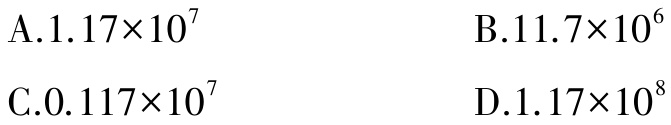
A.$1.17\times10^{7}$

B.$11.7\times10^{6}$

C.$0.117\times10^{7}$

D.$1.17\times10^{8}$